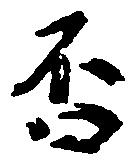
否